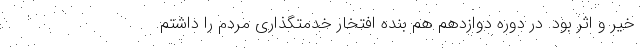
خیر و اثر بود. در دوره دوازدهم هم بنده افتخار خدمتگذاری مردم را داشتم.